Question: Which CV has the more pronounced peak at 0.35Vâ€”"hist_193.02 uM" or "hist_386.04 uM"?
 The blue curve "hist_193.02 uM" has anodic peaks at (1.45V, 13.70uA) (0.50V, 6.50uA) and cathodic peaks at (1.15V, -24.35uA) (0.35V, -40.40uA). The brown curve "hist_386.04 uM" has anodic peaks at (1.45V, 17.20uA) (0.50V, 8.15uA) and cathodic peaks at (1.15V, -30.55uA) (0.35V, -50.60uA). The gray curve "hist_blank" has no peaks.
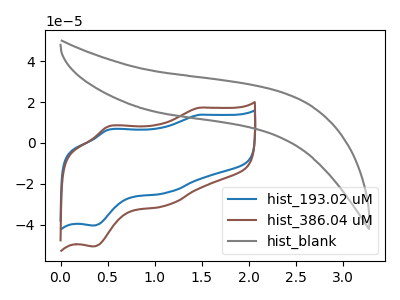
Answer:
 <answer>The peak at 0.35V is lower in "hist_193.02 uM" than in "hist_386.04 uM".</answer>
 <eval>lower</eval>